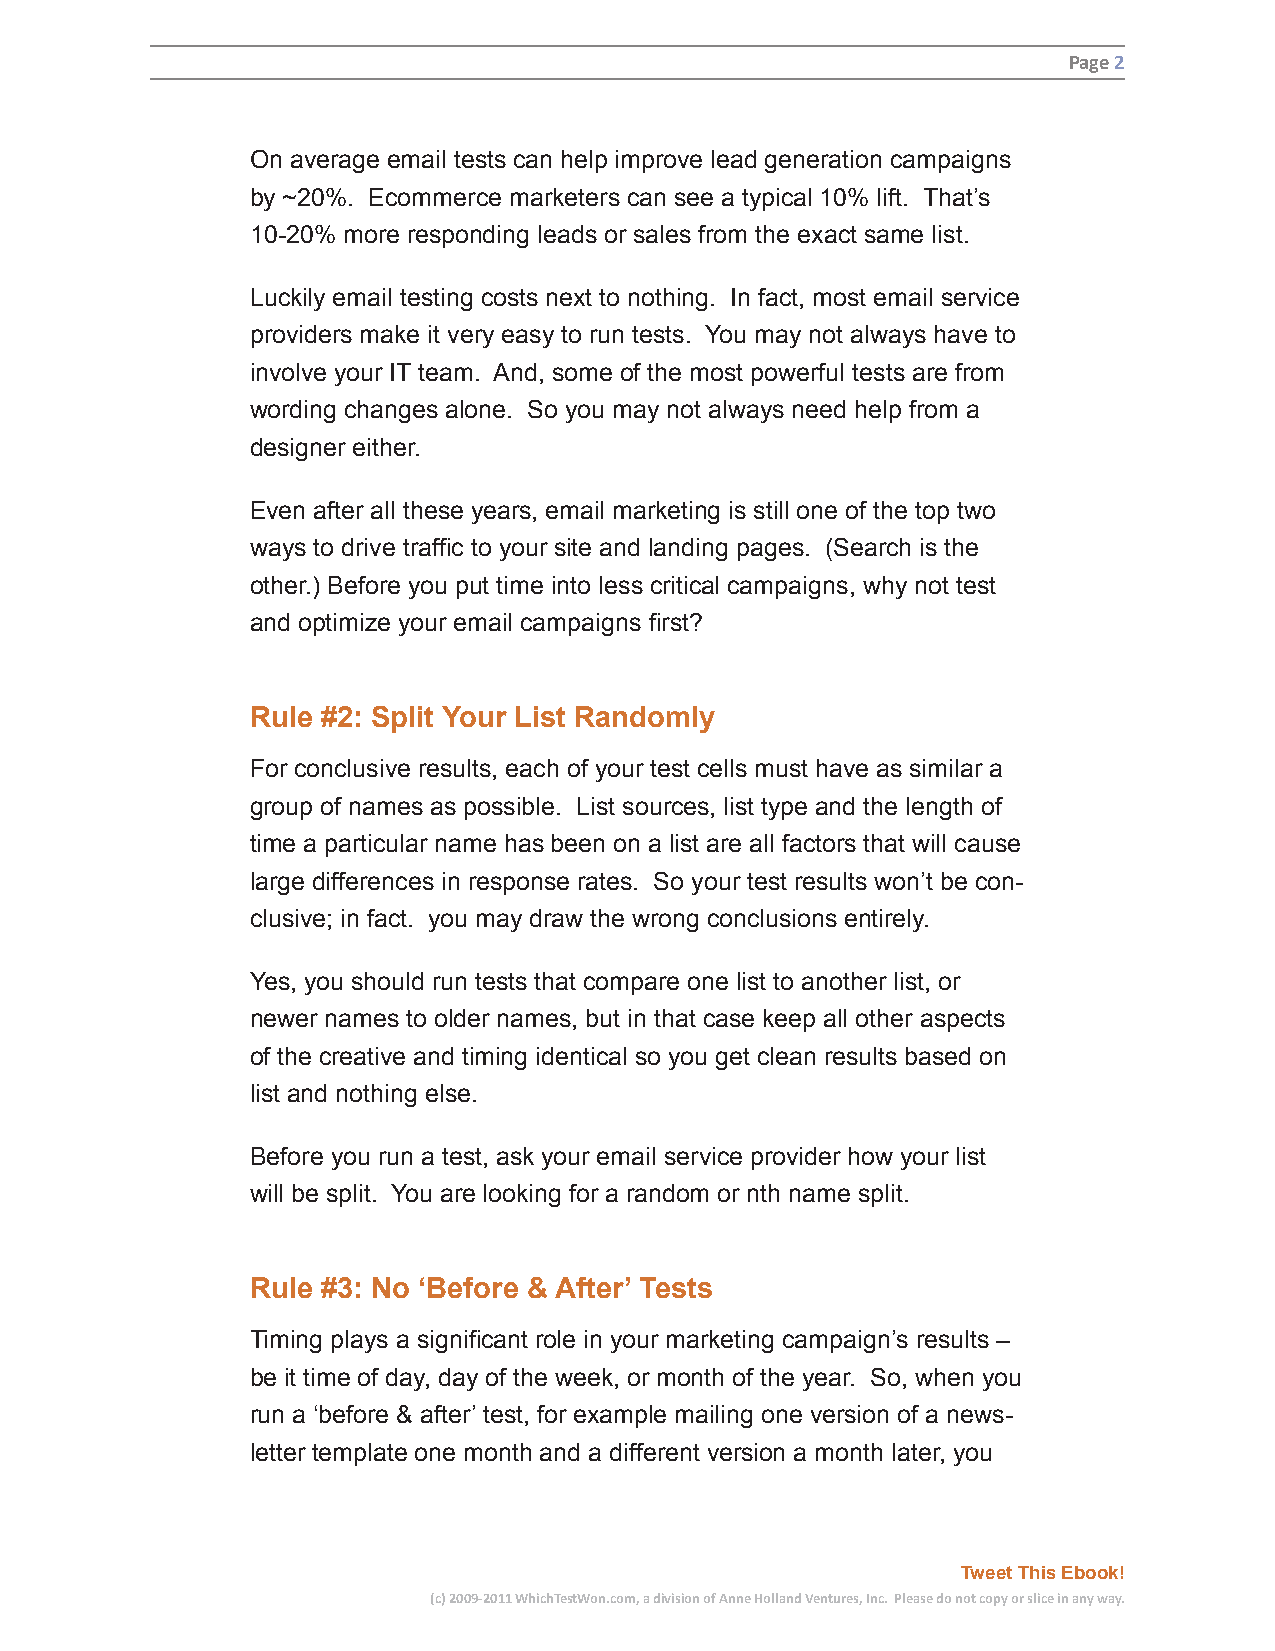
Page 2
 On average email tests can help improve lead generation campaigns
 by ~20%. Ecommerce marketers can see a typical 10% lift. That’s
 10-20% more responding leads or sales from the exact same list.
 Luckily email testing costs next to nothing. In fact, most email service
 providers make it very easy to run tests. You may not always have to
 involve your IT team. And, some of the most powerful tests are from
 wording changes alone. So you may not always need help from a
 designer either.
 Even after all these years, email marketing is still one of the top two
 ways to drive traffic to your site and landing pages. (Search is the
 other.) Before you put time into less critical campaigns, why not test
 and optimize your email campaigns first?
 Rule #2: Split Your List Randomly
 For conclusive results, each of your test cells must have as similar a
 group of names as possible. List sources, list type and the length of
 time a particular name has been on a list are all factors that will cause
 large differences in response rates. So your test results won’t be con-
 clusive; in fact. you may draw the wrong conclusions entirely.
 Yes, you should run tests that compare one list to another list, or
 newer names to older names, but in that case keep all other aspects
 of the creative and timing identical so you get clean results based on
 list and nothing else.
 Before you run a test, ask your email service provider how your list
 will be split. You are looking for a random or nth name split.
 Rule #3: No ‘Before & After’ Tests
 Timing plays a significant role in your marketing campaign’s results –
 be it time of day, day of the week, or month of the year. So, when you
 run a ‘before & after’ test, for example mailing one version of a news-
 letter template one month and a different version a month later, you
 Tweet This Ebook!
 (c) 2009-2011 WhichTestWon.com, a division of Anne Holland Ventures, Inc. Please do not copy or slice in any way.